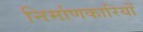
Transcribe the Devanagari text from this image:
निर्माणकारियों